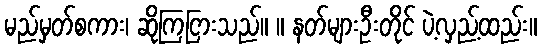
မည်မှတ်စကား၊ ဆိုကြငြားသည်။ ။ နတ်များဦးတိုင် ပဲ့လှည့်ထည်း။